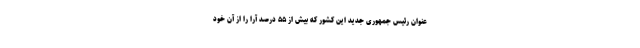
عنوان رئیس جمهوری جدید این کشور که بیش از ۵۵ درصد آرا را از آن خود